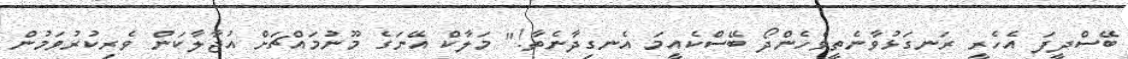
ބޭސްދީފަ އެހެރީ ރަނގަޅުވާނެތީވެހެންދޯ ބޭސްކެއީމަ އެނގިދާނެތާ!" މަލާކް އޭނަގެ މޫނުމައްޗަށް އުޖާލާކަން ވެރިކުރުވަމުން